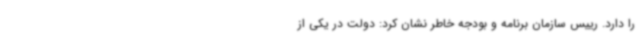
را دارد. رییس سازمان برنامه و بودجه خاطر نشان کرد: دولت در یکی از